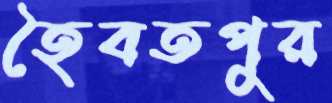
হৈবতপুর